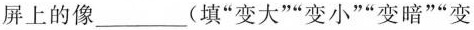
屏上的像___(填”变大””变小””变暗””变